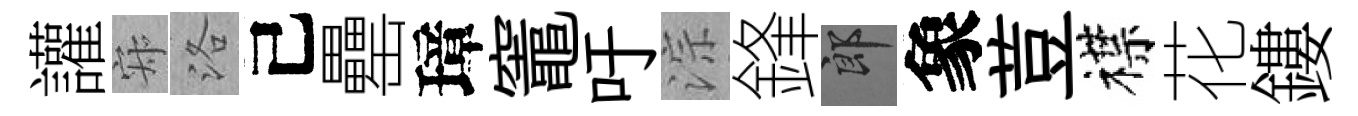
讙寂洛己罍璋竈吁淙鋒郎象荳襟花鏤